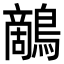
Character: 𪄱